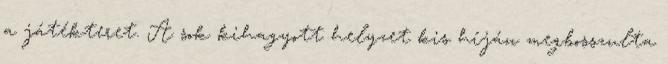
a játékteret. A sok kihagyott helyzet kis híján megbosszulta